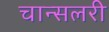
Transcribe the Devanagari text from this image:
चान्सलरी